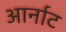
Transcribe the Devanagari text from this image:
आर्नाट